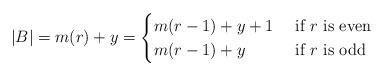
LaTeX: \begin{align*}|B|= m(r)+y= \begin{cases} m(r-1)+y+1 & \textnormal{ if }r\textnormal{ is even}\\m(r-1)+y & \textnormal{ if }r\textnormal{ is odd}\end{cases}\end{align*}